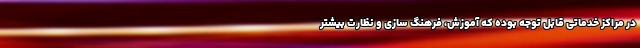
در مراکز خدماتی قابل توجه بوده که آموزش، فرهنگ سازی و نظارت بیشتر